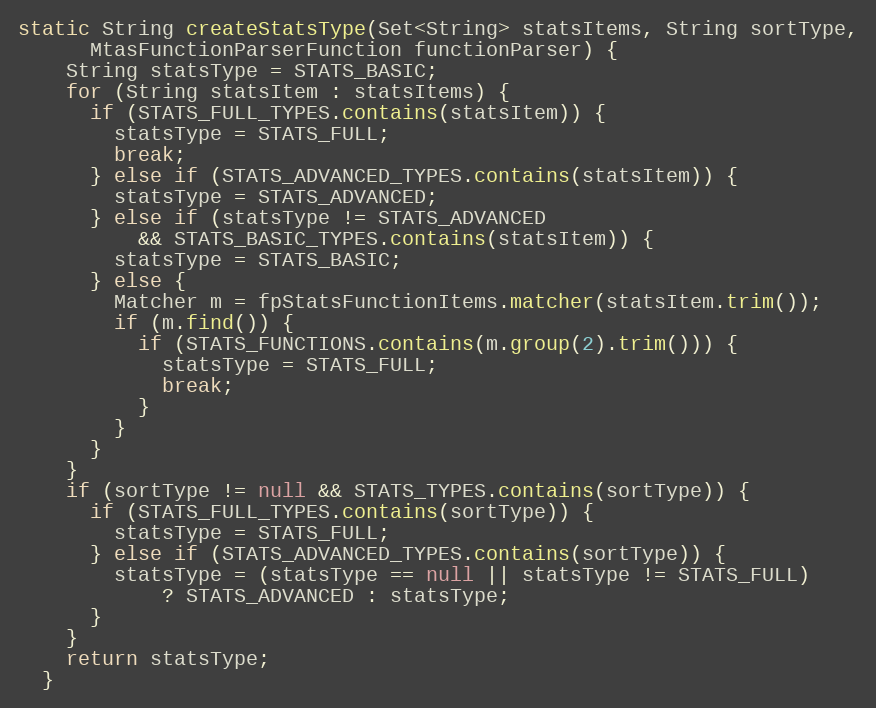
Language: Java
static String createStatsType(Set<String> statsItems, String sortType,
      MtasFunctionParserFunction functionParser) {
    String statsType = STATS_BASIC;
    for (String statsItem : statsItems) {
      if (STATS_FULL_TYPES.contains(statsItem)) {
        statsType = STATS_FULL;
        break;
      } else if (STATS_ADVANCED_TYPES.contains(statsItem)) {
        statsType = STATS_ADVANCED;
      } else if (statsType != STATS_ADVANCED
          && STATS_BASIC_TYPES.contains(statsItem)) {
        statsType = STATS_BASIC;
      } else {
        Matcher m = fpStatsFunctionItems.matcher(statsItem.trim());
        if (m.find()) {
          if (STATS_FUNCTIONS.contains(m.group(2).trim())) {
            statsType = STATS_FULL;
            break;
          }
        }
      }
    }
    if (sortType != null && STATS_TYPES.contains(sortType)) {
      if (STATS_FULL_TYPES.contains(sortType)) {
        statsType = STATS_FULL;
      } else if (STATS_ADVANCED_TYPES.contains(sortType)) {
        statsType = (statsType == null || statsType != STATS_FULL)
            ? STATS_ADVANCED : statsType;
      }
    }
    return statsType;
  }